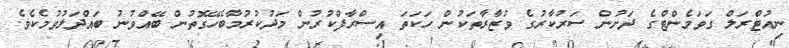
ނިއުޓްރަލް ގަވަމެންޓްގެ ދަށުން ސަރުކާރުގެ ވުޒާރާތަކުން ހަކަތަ އިސްރާފްކުރުން މަދުކުރުމާބެހޭގޮތުން ބޭއްވުނު ބައްދަލުވުމެކެވެ.